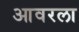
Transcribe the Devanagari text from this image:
आवरला